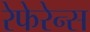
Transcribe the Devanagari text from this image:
रेफेरेन्स